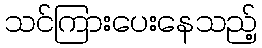
သင်ကြားပေးနေသည့်